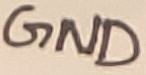
Text: GND